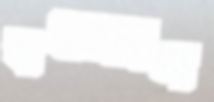
বসেছেন